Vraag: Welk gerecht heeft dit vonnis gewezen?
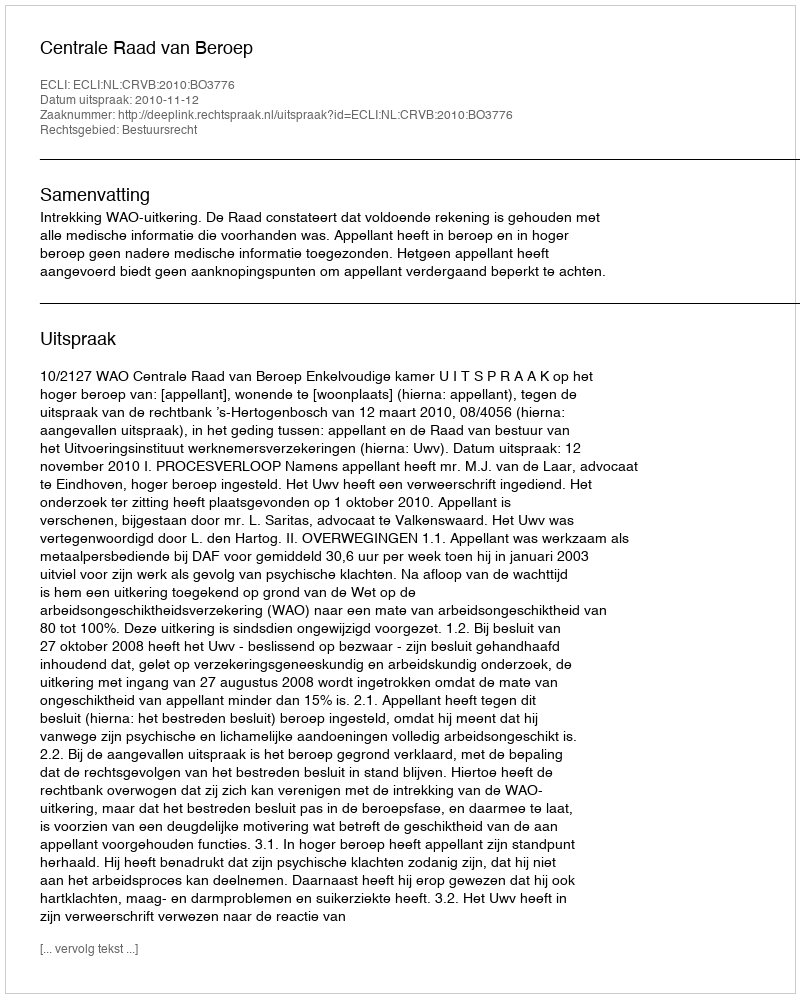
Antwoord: Centrale Raad van Beroep